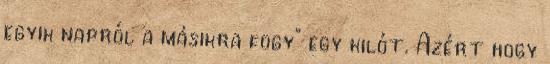
egyik napról a másikra fogy” egy kilót. Azért hogy